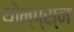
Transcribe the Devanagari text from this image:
थोम्प्स्न